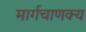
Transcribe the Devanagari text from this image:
मार्गचाणक्य